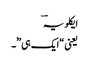
ایکلویہؔ
یعنی “ایک ہی”ٗ۔